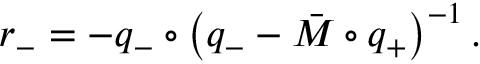
r _ { - } = - q _ { - } \circ \left( q _ { - } - \bar { M } \circ q _ { + } \right) ^ { - 1 } .